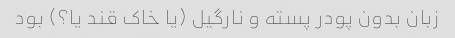
زبان بدون پودر پسته و نارگیل (یا خاک قند یا؟) بود